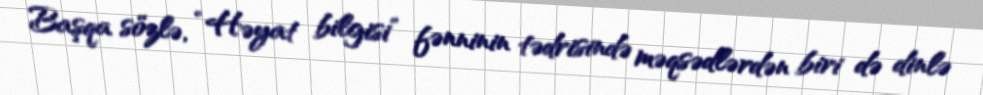
Başqa sözlə, “Həyat bilgisi” fənninin tədrisində məqsədlərdən biri də dinlə